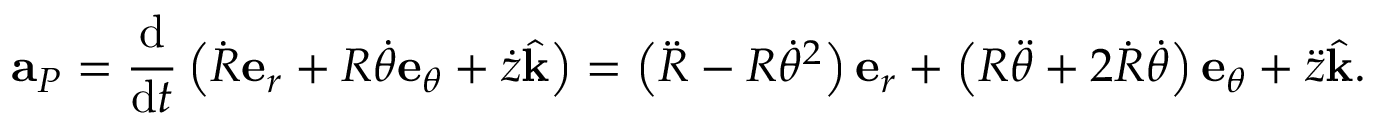
\mathbf { a } _ { P } = { \frac { \mathrm { d } } { { \mathrm { d } } t } } \left( { \dot { R } } \mathbf { e } _ { r } + R { \dot { \theta } } \mathbf { e } _ { \theta } + { \dot { z } } { \hat { \mathbf { k } } } \right) = \left( { \ddot { R } } - R { \dot { \theta } } ^ { 2 } \right) \mathbf { e } _ { r } + \left( R { \ddot { \theta } } + 2 { \dot { R } } { \dot { \theta } } \right) \mathbf { e } _ { \theta } + { \ddot { z } } { \hat { \mathbf { k } } } .